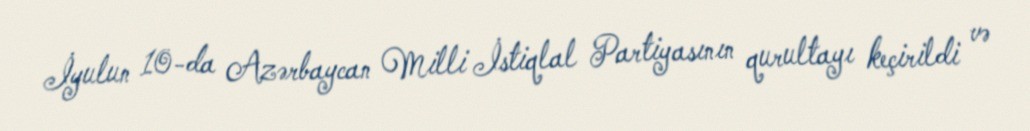
İyulun 10-da Azərbaycan Milli İstiqlal Partiyasının qurultayı keçirildi və